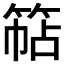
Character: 𮅠